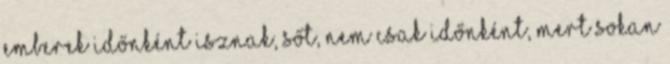
emberek időnként isznak, sőt, nem csak időnként, mert sokan